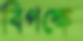
বিপক্ষে